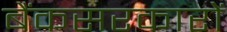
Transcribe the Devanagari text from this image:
बैंकसरकारों